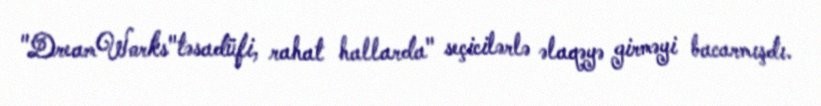
"DreamWorks"təsadüfi, rahat hallarda" seçicilərlə əlaqəyə girməyi bacarmışdı.